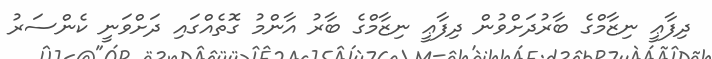
ދިފާޢީ ނިޒާމްގެ ބާރުދަށްވުން ދިފާޢީ ނިޒާމްގެ ބާރު އާންމު ގޮތެއްގައި ދަށްވަނީ ކެންސަރު